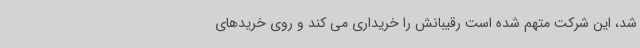
شد، این شرکت متهم شده است رقیبانش را خریداری می کند و روی خریدهای